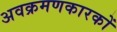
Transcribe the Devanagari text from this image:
अवक्रमणकारकों